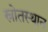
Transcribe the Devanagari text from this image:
स्रोतस्थान